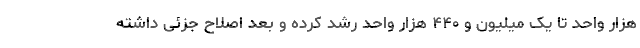
هزار واحد تا یک میلیون و ۴۴۰ هزار واحد رشد کرده و بعد اصلاح جزئی داشته